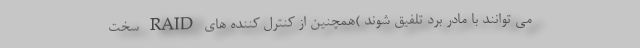
می توانند با مادر برد تلفیق شوند )همچنین از کنترل کننده های RAID سخت